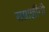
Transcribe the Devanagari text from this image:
सम्राज्ञींनी